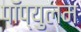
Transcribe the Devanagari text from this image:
पॉप्युलम